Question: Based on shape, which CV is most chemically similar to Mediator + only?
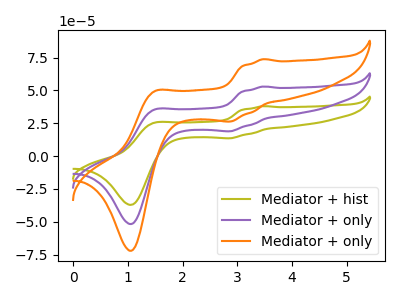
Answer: <think>The olive curve "Mediator + hist" has anodic peaks at (3.45V, 38.05uA) (1.50V, 25.30uA) and cathodic peaks at (2.85V, 13.55uA) (1.05V, -37.20uA). The purple curve "Mediator + only" has anodic peaks at (3.45V, 53.00uA) (1.50V, 35.25uA) and cathodic peaks at (2.85V, 18.90uA) (1.05V, -51.80uA). The orange curve "Mediator + only" has anodic peaks at (3.45V, 105.95uA) (1.50V, 70.50uA) and cathodic peaks at (2.85V, 37.80uA) (1.05V, -103.60uA).
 All the peaks in "Mediator + hist" have a peak in "Mediator + only" at the same potential. All the peaks in "Mediator + hist" have a peak in "Mediator + only" at the same potential. All the peaks in "Mediator + only" have a peak in "Mediator + only" at the same potential.</think>
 <answer>"Mediator + only" and "Mediator + only" have a similar shape to "Mediator + hist".</answer>
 <eval>"Mediator + only" "Mediator + only"</eval>